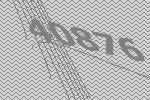
40876